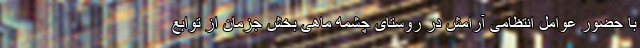
با حضور عوامل انتظامی آرامش در روستای چشمه ماهی بخش جزمان از توابع